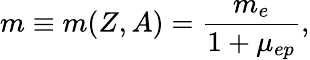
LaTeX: m\equiv m(Z,A)=\frac{m_{e}}{1+\mu_{ep}},